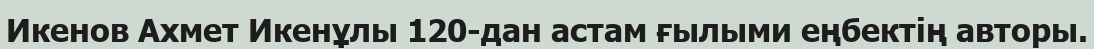
Икенов Ахмет Икенұлы 120-дан астам ғылыми еңбектің авторы.